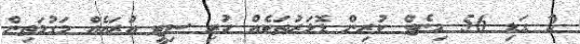
2 ގަޑި 56 މިނެޓް ކުރިން ޑޮލަރުތަކެއް ހުރި ސިޓީ އުރައެއް މަގުމަތިން